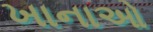
ખાનાઓ